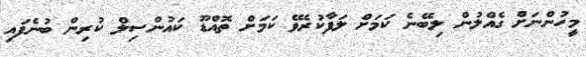
މީހުންނަށް ގެއްލުން ލިބޭނެ ކަމަށް ލަފާކުރެވޭ ކަމަށް ތޮއްޑޫ ކައުންސިލް ކުރިން ބުނެފައި